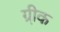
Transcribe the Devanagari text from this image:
ग्री़क